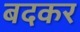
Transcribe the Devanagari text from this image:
बदकर